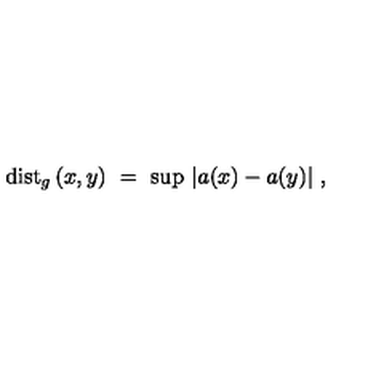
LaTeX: \mathrm { d i s t } _ { g } \left( x , y \right) \ = \ \mathrm { s u p } \ | a ( x ) - a ( y ) | \ ,